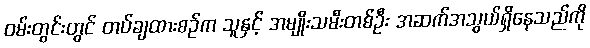
ဝမ်းတွင်းတွင် တပ်ချထားစဉ်က သူနှင့် အမျိုးသမီးတစ်ဦး အဆက်အသွယ်ရှိနေသည်ကို